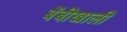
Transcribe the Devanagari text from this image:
बेंबीखाली